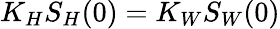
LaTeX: K_{H}S_{H}(0)=K_{W}S_{W}(0)